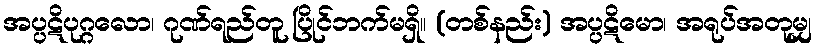
အပ္ပဋိပုဂ္ဂလော၊ ဂုဏ်ရည်တူ ပြိုင်ဘက်မရှိ။ (တစ်နည်း) အပ္ပဋိမော၊ အရုပ်အတုမျှ